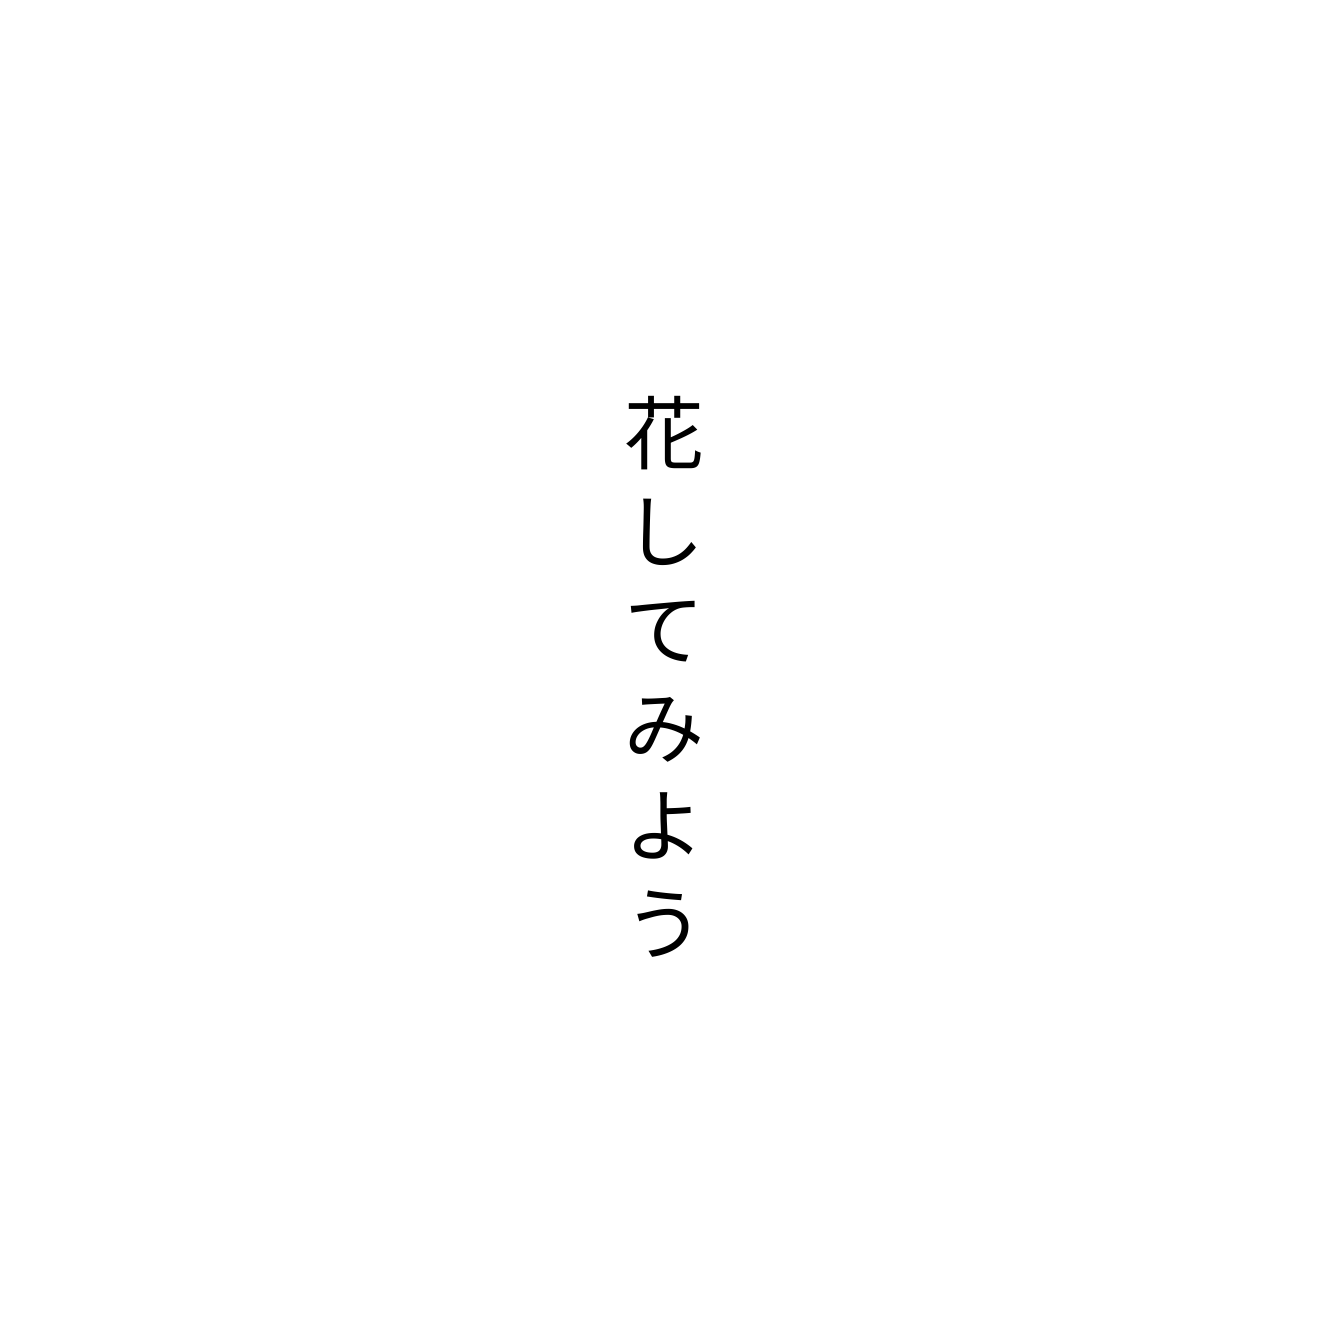
花してみよう